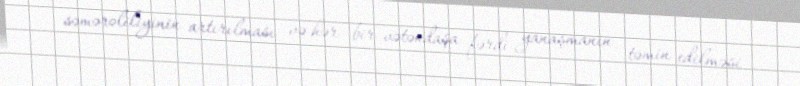
səmərəliliyinin artırılması və hər bir vətəndaşa fərdi yanaşmanın təmin edilməsi